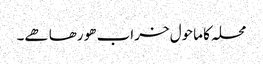
محلہ کا ماحول خراب ھو رھا ھے۔